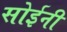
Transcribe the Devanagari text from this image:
सोईनी